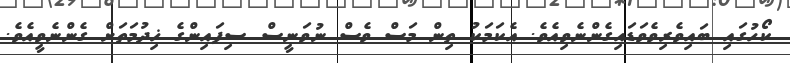
ކޯހުގައި ބައިވެރިވެވަޑައިގެންނެވިއެވެ. އެކަަމަކު ތިން މަސް ވެސް ނުވަނީސް ސިފައިންގެ ޚިދުމަތަށް ގެންނެވީއެވެ.